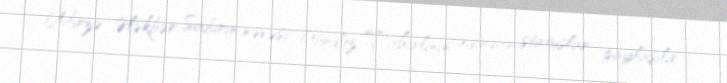
Mirzə Ələkbər Sabirin nəvəsi Gündüz Tahirlinin adından statuslar paylaşılır.